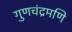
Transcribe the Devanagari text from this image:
गुणचंद्रमणि